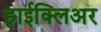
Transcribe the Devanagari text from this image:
हाईक्लिअर